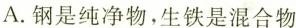
A.钢是纯净物，生铁是混合物